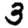
Digit: 3